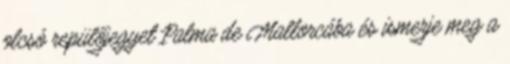
olcsó repülőjegyet Palma de Mallorcába és ismerje meg a